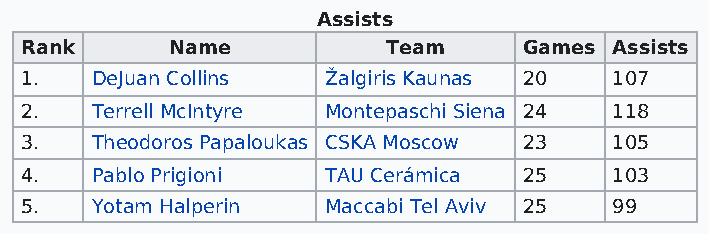
Assists
 Rank      Name           Team     Games Assists
 1.   DeJuan Collins Žalgiris Kaunas 20  107
 2.   Terrell McIntyre Montepaschi Siena 24 118
 3.   Theodoros Papaloukas CSKA Moscow 23 105
 4.   Pablo Prigioni TAU Cerámica  25    103
 5.   Yotam Halperin Maccabi Tel Aviv 25 99